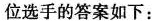
位选手的答案如下：